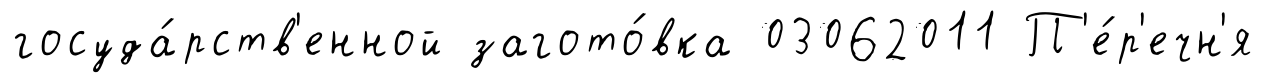
госуда́рств'енной загото́вка 03062011 П'е́р'ечн'я